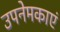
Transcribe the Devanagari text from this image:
उपनेमकाएं